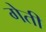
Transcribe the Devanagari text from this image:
गेती